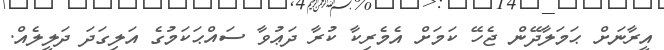
އީރާނަށް ޙަމަލާދޭން ޖެހޭ ކަމަށް އެމެރިކާ ކުރާ ދަޢުވާ ސައްޙަކަމުގެ އަލިގަދަ ދަލީލެއް.